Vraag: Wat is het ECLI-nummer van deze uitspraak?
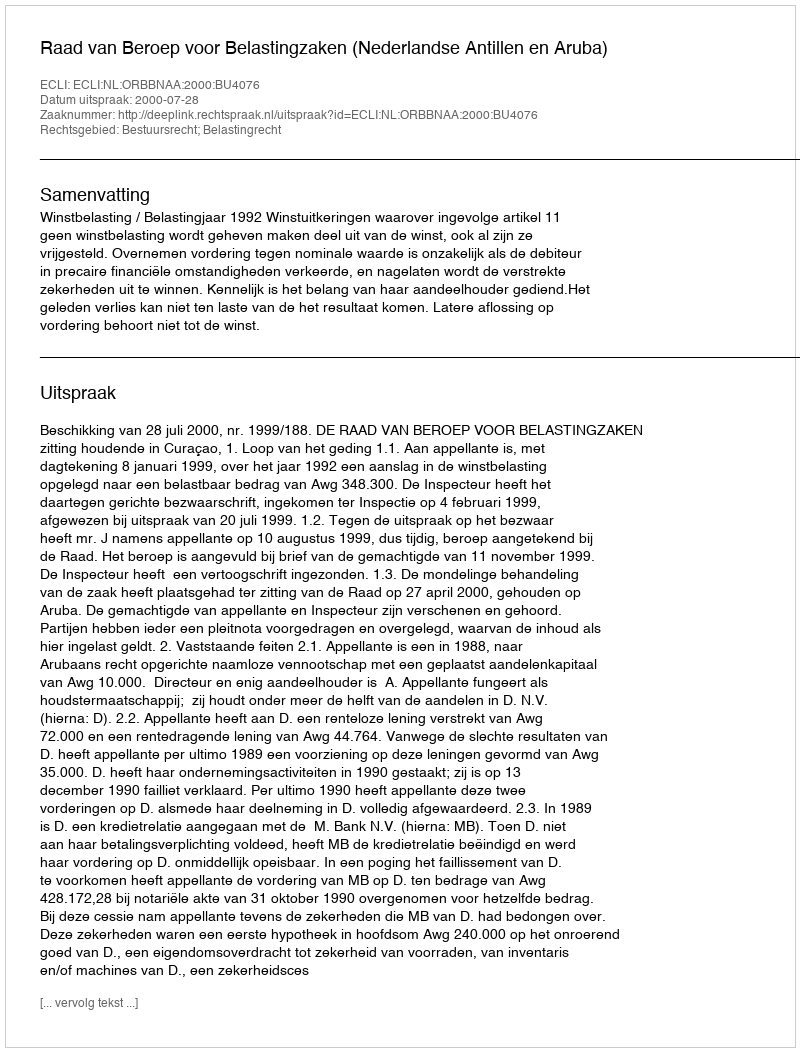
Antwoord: ECLI:NL:ORBBNAA:2000:BU4076